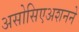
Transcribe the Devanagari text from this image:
असोसिएअशनने